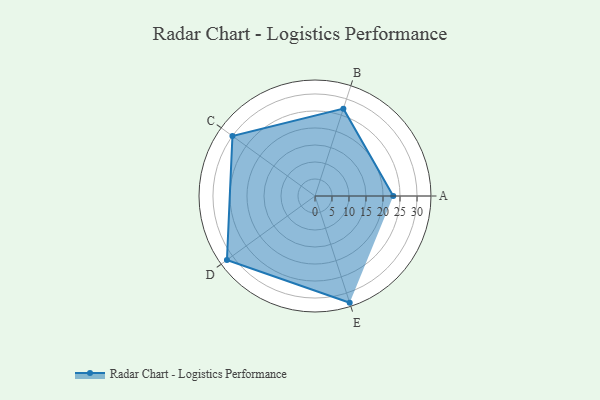
{"axis": {"x": "Skill", "y": "Score"}, "legend": ["Profile"], "data": [{"x": "A", "y": 23.0, "type": "Profile"}, {"x": "B", "y": 27.0, "type": "Profile"}, {"x": "C", "y": 30.0, "type": "Profile"}, {"x": "D", "y": 32.0, "type": "Profile"}, {"x": "E", "y": 33.0, "type": "Profile"}]}